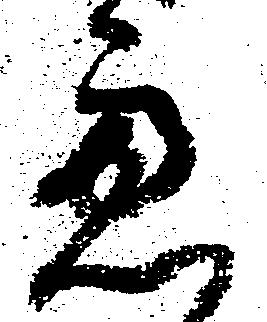
慮